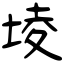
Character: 堎